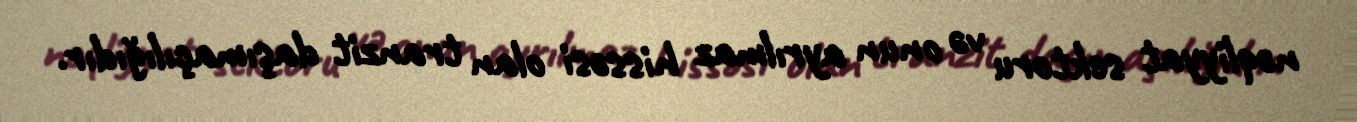
nəqliyyat sektoru və onun ayrılmaz hissəsi olan tranzit daşımaçılığıdır.